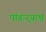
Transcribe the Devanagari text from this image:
पांढऱ्र्‍याभ्र